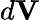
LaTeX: d{\mathbf V}